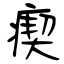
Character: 瘈